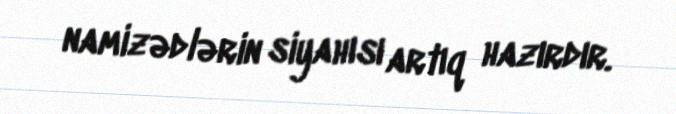
namizədlərin siyahısı artıq hazırdır.